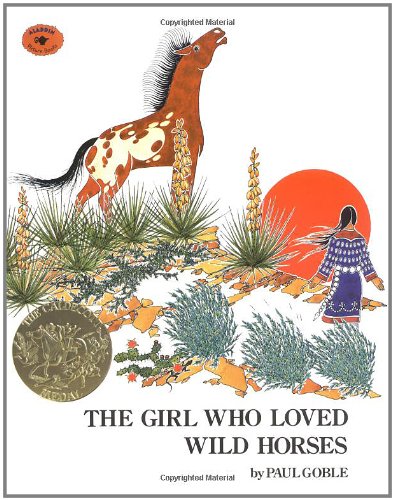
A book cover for The Girl Who Loved Wild Horses; Paul Goble; Children's Books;